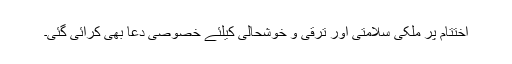
اختتام پر ملکی سلامتی اور ترقی و خوشحالی کیلئے خصوصی دعا بھی کرائی گئی۔